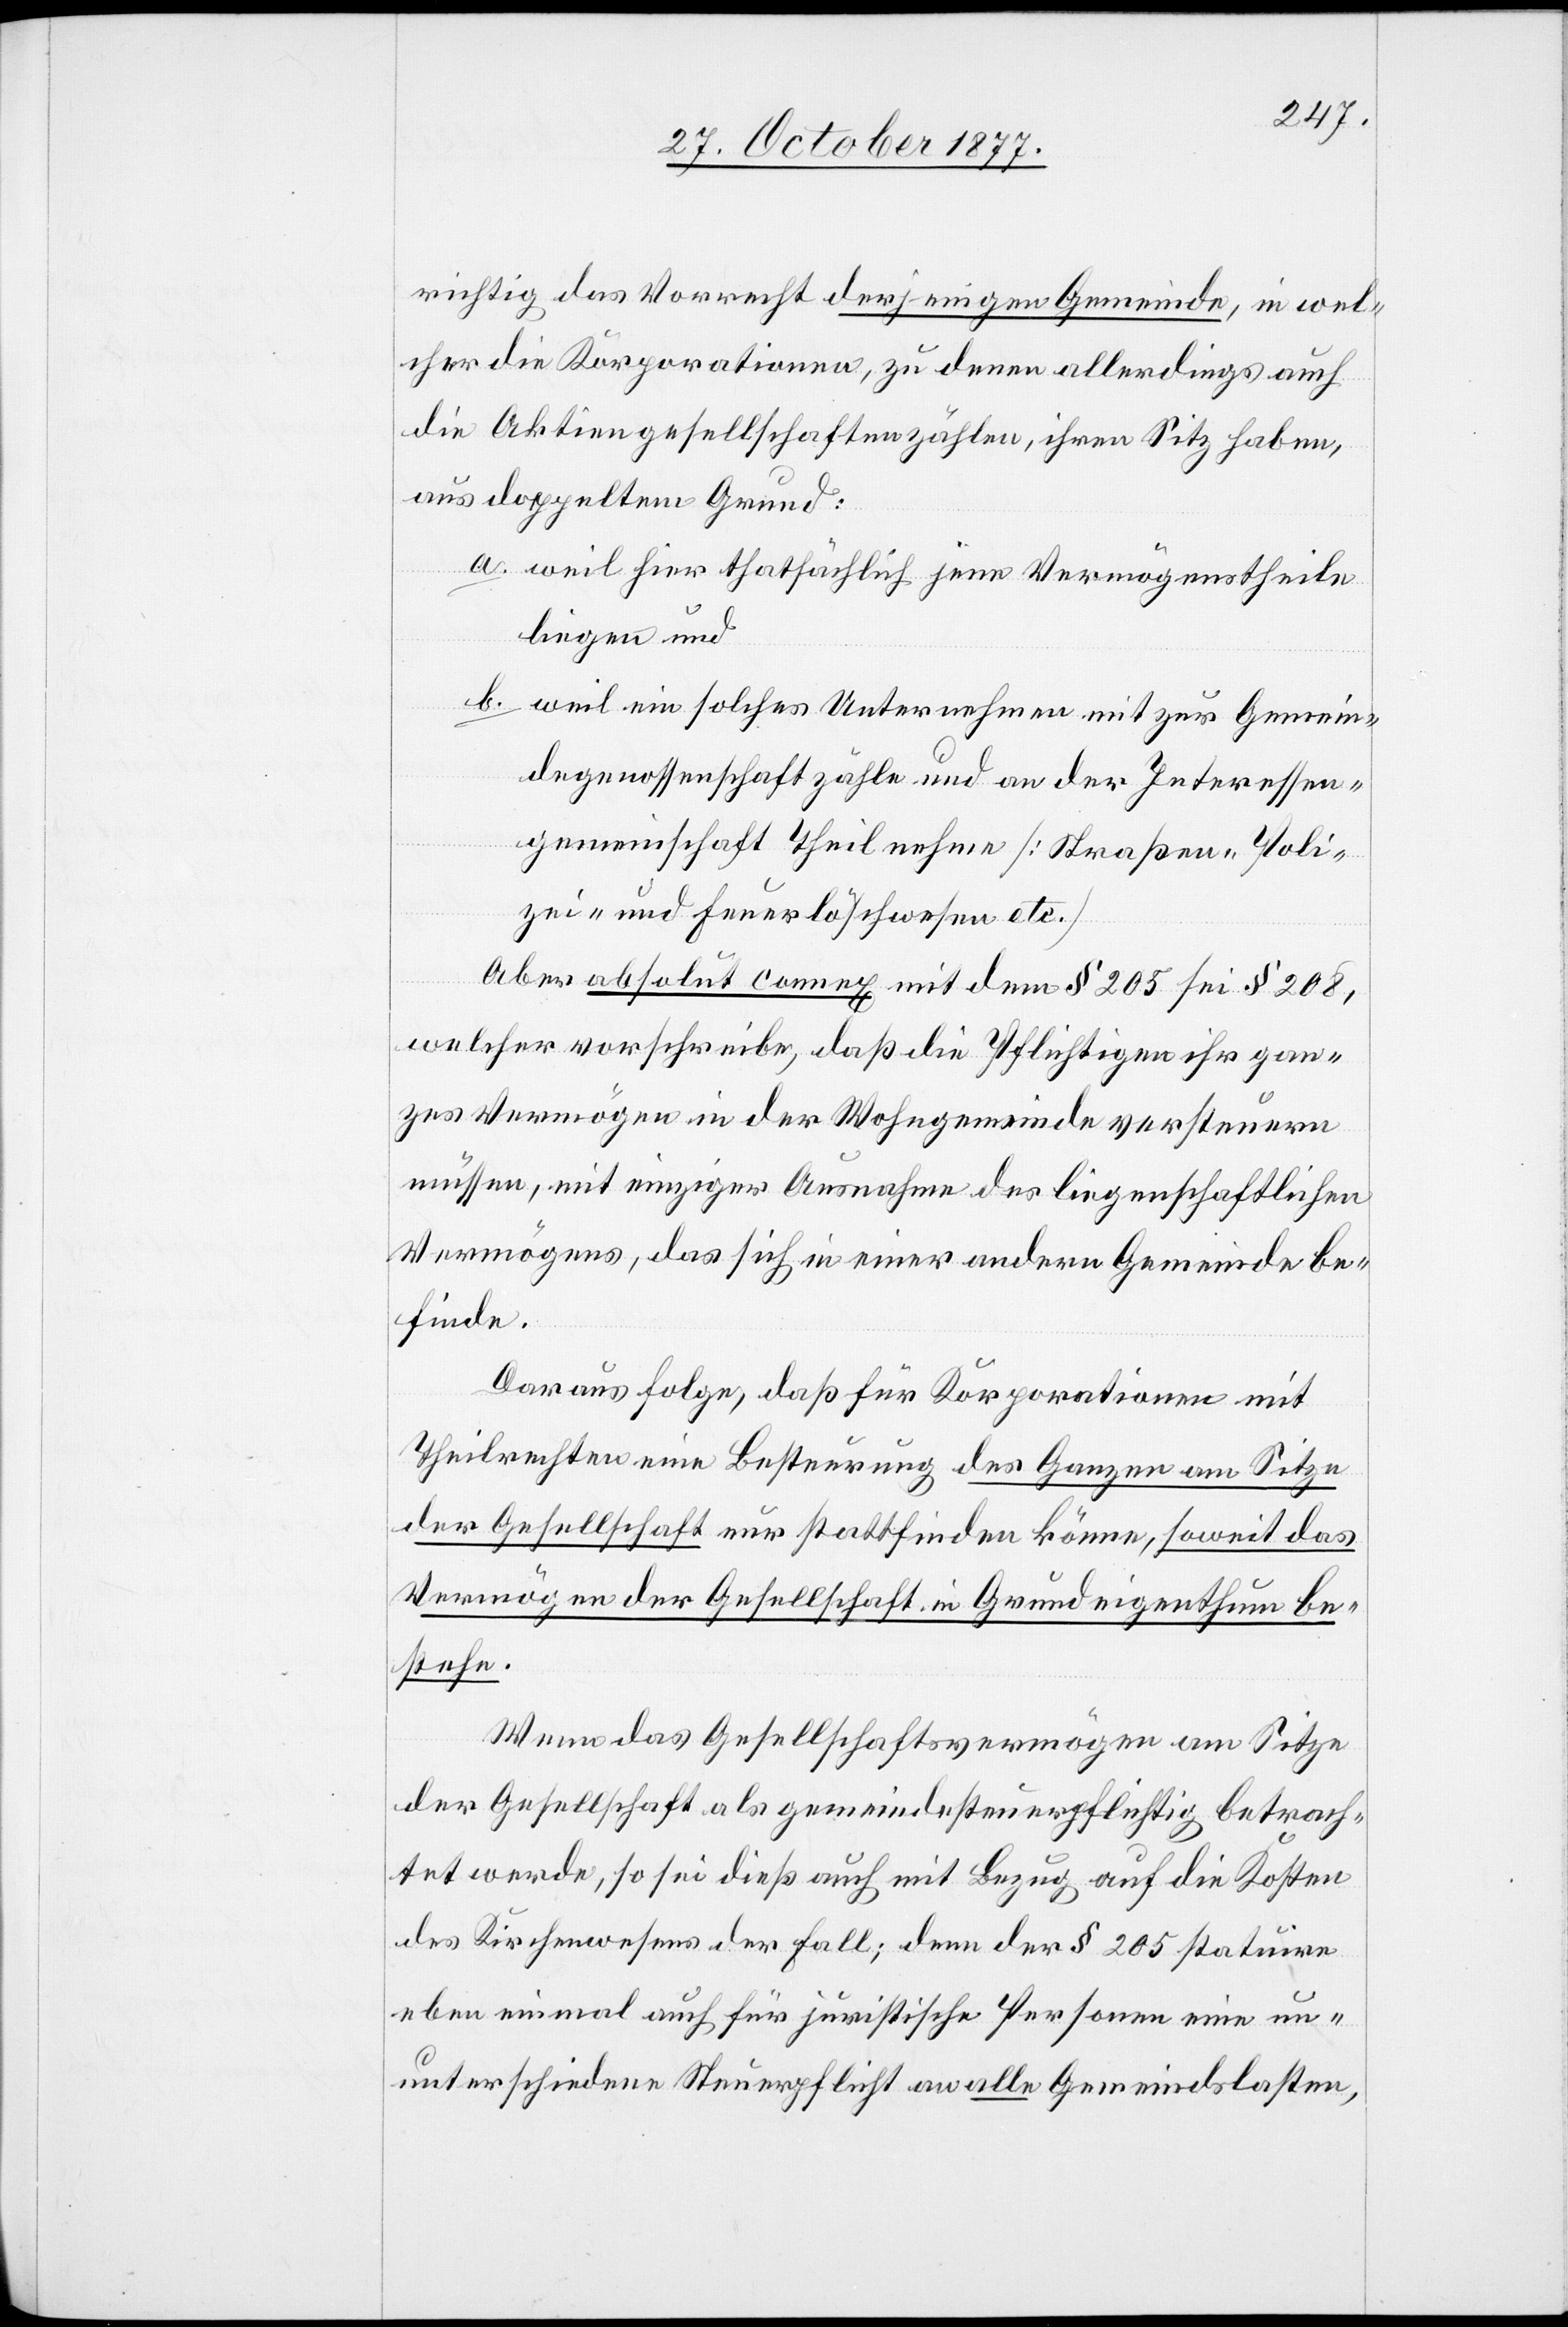
richtig das Vorrecht derjenigen Gemeinde, in wel¬
cher die Korporationen, zu denen allerdings auch
die Aktiengesellschaften zählen, ihren Sitz haben,
aus doppeltem Grund:
weil hier thatsächlich jene Vermögenstheile
liegen und
weil ein solches Unternehmen mit zur Gemein¬
degenossenschaft zähle und an der Interessen¬
gemeinschaft Theil nehme [Straßen-[,] Poli¬
zei- und Feuerlöschwesen etc.]
Aber absolut connex mit dem § 205 sei § 208,
welcher vorschreibe, daß die Pflichtigen ihr gan¬
zes Vermögen in der Wohngemeinde versteuern
müssen, mit einziger Ausnahme des liegenschaftlichen
Vermögens, das sich in einer andern Gemeinde be¬
finde.
Daraus folge, daß für Korporationen mit
Theilrechten eine Besteurung des Ganzen am Sitze
der Gesellschaft nur stattfinden könne, soweit das
Vermögen der Gesellschaft in Grundeigenthum be¬
stehe.
Wenn das Gesellschaftsvermögen am Sitze
der Gesellschaft als gemeindesteuerpflichtig betrach¬
tet werde, so sei dieß auch mit Bezug auf die Kosten
des Kirchenwesens der Fall; denn der § 205 statuire
eben einmal auch für juristische Personen eine un¬
unterschiedene Steuerpflicht an alle Gemeindslasten,